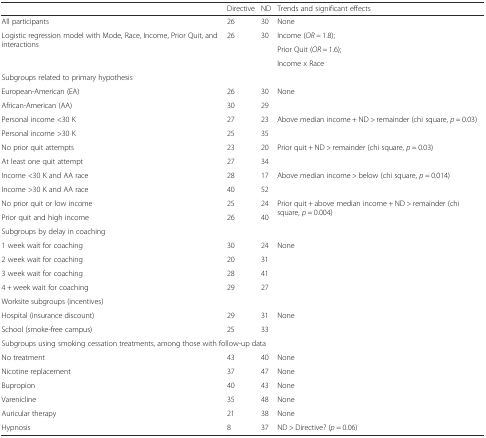
<table><thead><tr><td></td><td><b>Directive</b></td><td><b>ND</b></td><td><b>Trends and significant effects</b></td></tr></thead><tbody><tr><td>All participants</td><td>26</td><td>30</td><td>None</td></tr><tr><td rowspan="3">Logistic regression model with Mode, Race, Income, Prior Quit, and interactions</td><td rowspan="3">26</td><td rowspan="3">30</td><td>Income (<i>OR =</i> 1.8);</td></tr><tr><td>Prior Quit (<i>OR =</i> 1.6);</td></tr><tr><td>Income x Race</td></tr><tr><td colspan="4">Subgroups related to primary hypothesis</td></tr><tr><td>European-American (EA)</td><td>26</td><td>30</td><td rowspan="2">None</td></tr><tr><td>African-American (AA)</td><td>30</td><td>29</td></tr><tr><td>Personal income &lt;30 K</td><td>27</td><td>23</td><td rowspan="2">Above median income + ND &gt; remainder (chi square, <i>p</i> = 0.03)</td></tr><tr><td>Personal income &gt;30 K</td><td>25</td><td>35</td></tr><tr><td>No prior quit attempts</td><td>23</td><td>20</td><td rowspan="2">Prior quit + ND &gt; remainder (chi square, <i>p</i> = 0.03)</td></tr><tr><td>At least one quit attempt</td><td>27</td><td>34</td></tr><tr><td>Income &lt;30 K and AA race</td><td>28</td><td>17</td><td rowspan="2">Above median income &gt; below (chi square, <i>p</i> = 0.014)</td></tr><tr><td>Income &gt;30 K and AA race</td><td>40</td><td>52</td></tr><tr><td>No prior quit or low income</td><td>25</td><td>24</td><td rowspan="2">Prior quit + above median income + ND &gt; remainder (chi square, <i>p</i> = 0.004)</td></tr><tr><td>Prior quit and high income</td><td>26</td><td>40</td></tr><tr><td colspan="4">Subgroups by delay in coaching</td></tr><tr><td>1 week wait for coaching</td><td>30</td><td>24</td><td rowspan="4">None</td></tr><tr><td>2 week wait for coaching</td><td>20</td><td>31</td></tr><tr><td>3 week wait for coaching</td><td>28</td><td>41</td></tr><tr><td>4 + week wait for coaching</td><td>29</td><td>27</td></tr><tr><td colspan="4">Worksite subgroups (incentives)</td></tr><tr><td>Hospital (insurance discount)</td><td>29</td><td>31</td><td rowspan="2">None</td></tr><tr><td>School (smoke-free campus)</td><td>25</td><td>33</td></tr><tr><td colspan="4">Subgroups using smoking cessation treatments, among those with follow-up data</td></tr><tr><td>No treatment</td><td>43</td><td>40</td><td>None</td></tr><tr><td>Nicotine replacement</td><td>37</td><td>47</td><td>None</td></tr><tr><td>Bupropion</td><td>40</td><td>43</td><td>None</td></tr><tr><td>Varenicline</td><td>35</td><td>48</td><td>None</td></tr><tr><td>Auricular therapy</td><td>21</td><td>38</td><td>None</td></tr><tr><td>Hypnosis</td><td>8</td><td>37</td><td>ND &gt; Directive? (<i>p</i> = 0.06)</td></tr></tbody></table>